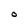
Character: O